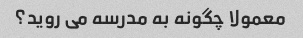
معمولا چگونه به مدرسه می روید؟